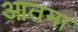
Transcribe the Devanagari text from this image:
आतमा